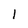
Character: l